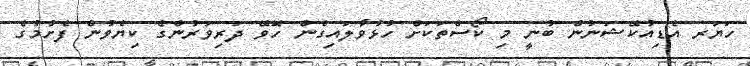
ހަޔަރ އެޑިއުކޭޝަނުން ބުނީ މި ކޯސްތަކަށް ހުޅުވާލައިގެން ހޮވޭ ދަރިވަރުންގެ ކިޔެވުން ފެށުމުގެ